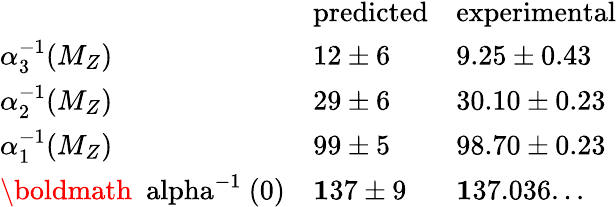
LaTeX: \begin{array}{lll}{{}}&{{\mathrm{predicted}}}&{{\mathrm{experimental}}}\\ {{\alpha_{3}^{-1}(M_{Z})}}&{{12\pm 6}}&{{9.25\pm 0.43}}\\ {{\alpha_{2}^{-1}(M_{Z})}}&{{29\pm 6}}&{{30.10\pm 0.23}}\\ {{\alpha_{1}^{-1}(M_{Z})}}&{{99\pm 5}}&{{98.70\pm 0.23}}\\ {{\mathrm{{\mathbf\boldmath~\ alpha^{-1}~(0)}}}}&{{{\mathbf 137\pm 9}}}&{{{\mathbf 137.036...}}}\end{array}